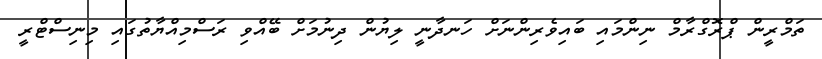
ތަމްރީން ޕްރޮގްރާމް ނިންމައި ބައިވެރިންނަށް ހަނދާނީ ލިޔުން ދިނުމަށް ބޭއްވި ރަސްމިއްޔާތުގައި މިނިސްޓްރީ